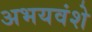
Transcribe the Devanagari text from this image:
अभयवंशे